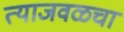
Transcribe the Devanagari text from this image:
त्याजवळचा